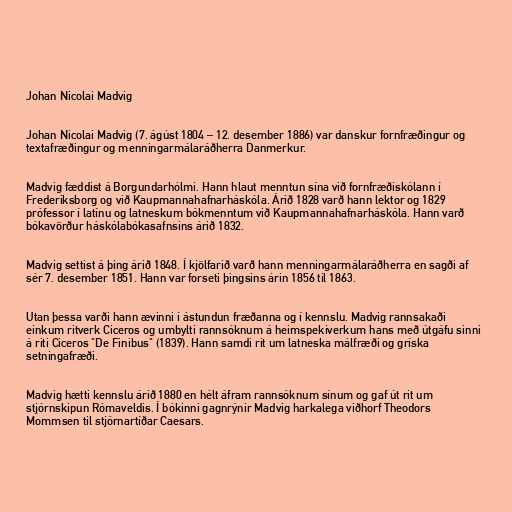
Johan Nicolai Madvig

Johan Nicolai Madvig (7. ágúst 1804 – 12. desember 1886) var danskur fornfræðingur og
textafræðingur og menningarmálaráðherra Danmerkur.

Madvig fæddist á Borgundarhólmi. Hann hlaut menntun sína við fornfræðiskólann í
Frederiksborg og við Kaupmannahafnarháskóla. Árið 1828 varð hann lektor og 1829
prófessor í latínu og latneskum bókmenntum við Kaupmannahafnarháskóla. Hann varð
bókavörður háskólabókasafnsins árið 1832.

Madvig settist á þing árið 1848. Í kjölfarið varð hann menningarmálaráðherra en sagði af
sér 7. desember 1851. Hann var forseti þingsins árin 1856 til 1863.

Utan þessa varði hann ævinni í ástundun fræðanna og í kennslu. Madvig rannsakaði
einkum ritverk Ciceros og umbylti rannsóknum á heimspekiverkum hans með útgáfu sinni
á riti Ciceros "De Finibus" (1839). Hann samdi rit um latneska málfræði og gríska
setningafræði.

Madvig hætti kennslu árið 1880 en hélt áfram rannsóknum sínum og gaf út rit um
stjórnskipun Rómaveldis. Í bókinni gagnrýnir Madvig harkalega viðhorf Theodors
Mommsen til stjórnartíðar Caesars.